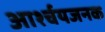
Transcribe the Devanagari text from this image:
आर्श्चयजनक